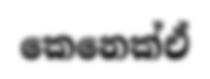
කෙනෙක්ඒ